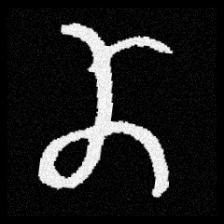
Pyu character \u2014 Myanmar letter: ဏ (romanized: nna)